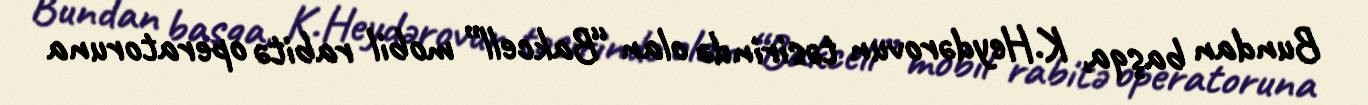
Bundan başqa, K.Heydərovun təsirində olan “Bakcell” mobil rabitə operatoruna